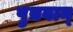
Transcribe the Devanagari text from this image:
पुत्रवान्